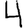
Digit: 4